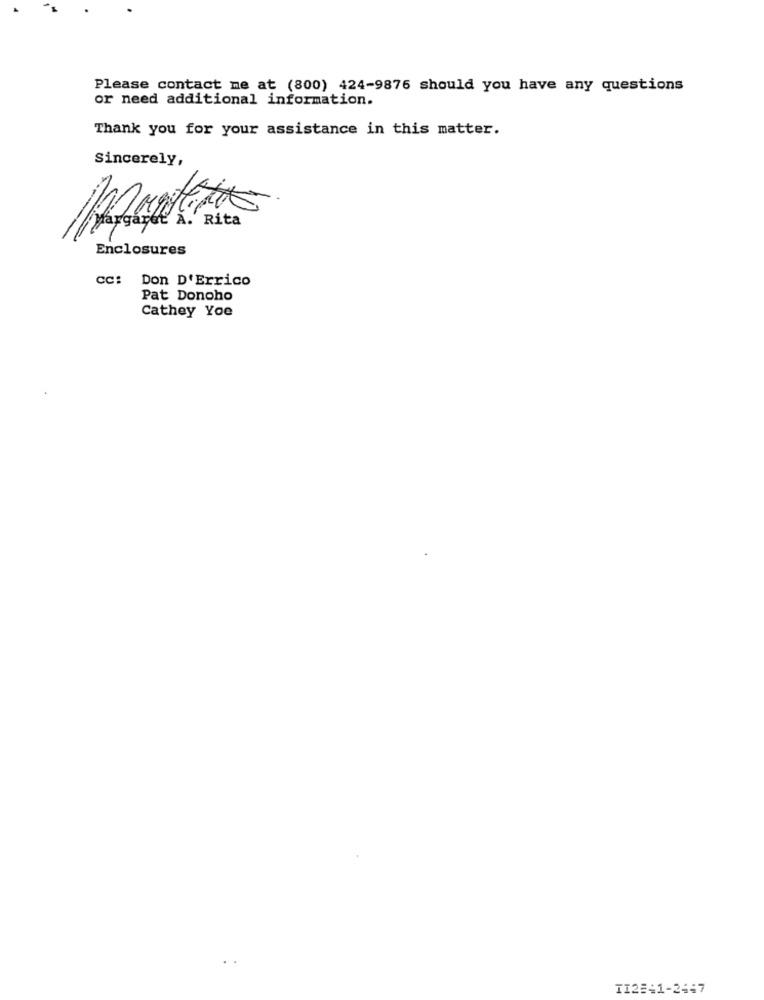
Please contact me at (800) 424-9876 should you have any questions
or need additional information.
Thank you for your assistance in this matter.
Sincerely,
Enclosures
CC: Don D'Errico
Pat Donoho
Cathey Yoe
TI22:1-2447